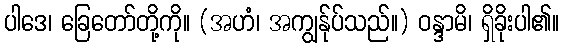
ပါဒေ၊ ခြေတော်တို့ကို။ (အဟံ၊ အကျွန်ုပ်သည်။) ဝန္ဒာမိ၊ ရှိခိုးပါ၏။